Annual report on the working of the Harcourt Butler Institute of Public Health, Rangoon
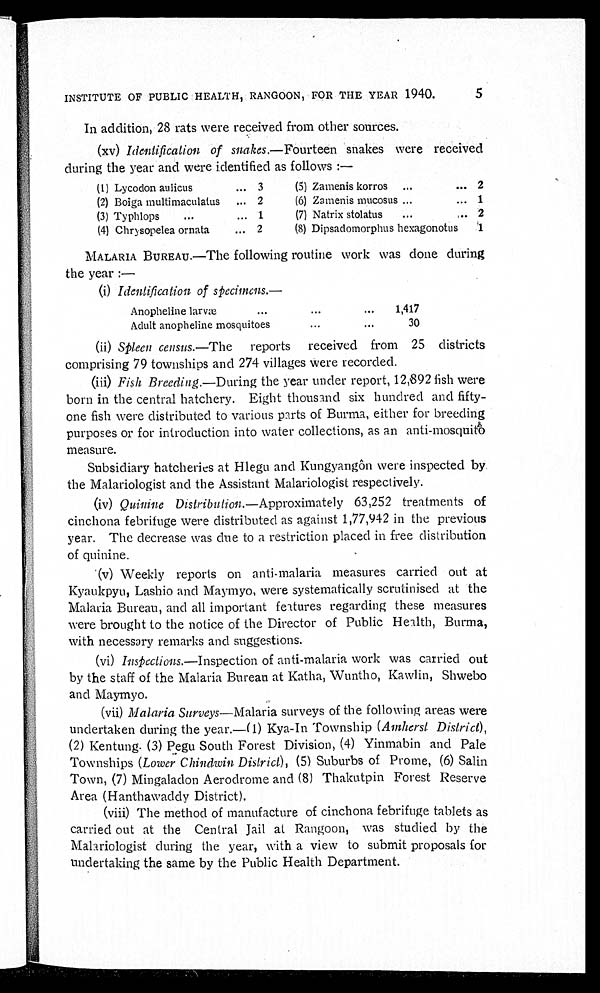
INSTITUTE OF PUBLIC HEALTH, RANGOON, FOR THE YEAR 1940.
5
In addition, 28 rats were received from other sources.
(xv) Identification of snakes .—Fourteen snakes were received
during the year and were identified as follows :—
(1) Lycodon aulicus
... 3
(2) Boiga multimaculatus
... 2
(3) Typhlops
...
... 1
(4) Chrysopelea ornata . . . 2
(5) Zamenis korros
...
... 2
(6) Zamenis mucosus ...
... 1
(7) Natrix stolatus
...
... 2
(8) Dipsadomorphus hexagonotus
1
MALARIA BUREAU. —The following routine work was done during
the year :—
(i) Identification of specimens.—
Anopheline larvæ
...
. . . . . .
1,417
Adult anopheline mosquitoes ...
...
30
(ii) Spleen census .—The reports received from 25 districts
comprising 79 townships and 274 villages were recorded.
(iii) Fish Breeding .—During the year under report, 12,892 fish were
born in the central hatchery. Eight thousand six hundred and fifty-
one fish were distributed to various parts of Burma, either for breeding
purposes or for introduction into water collections, as an anti-mosquito
measure.
Subsidiary hatcheries at Hlegu and Kungyangôn were inspected by
the Malariologist and the Assistant Malariologist respectively.
(iv) Quinine Distribution .—Approximately 63,252 treatments of
cinchona febrifuge were distributed as against 1,77,942 in the previous
year. The decrease was due to a restriction placed in free distribution
of quinine.
(v) Weekly reports on anti-malaria measures carried out at
Kyaukpyu, Lashio and Maymyo, were systematically scrutinised at the
Malaria Bureau, and all important features regarding these measures
were brought to the notice of the Director of Public Health, Burma,
with necessary remarks and suggestions.
(vi) Inspections .—Inspection of anti-malaria work was carried out
by the staff of the Malaria Bureau at Katha, Wuntho, Kawlin, Shwebo
and Maymyo.
(vii)
Malaria Surveys—Malaria surveys of the following areas were
undertaken during the year.—(1) Kya-In Township ( Amherst District) ,
(2) Kentung. (3) Pegu South Forest Division, (4) Yinmabin and Pale
Townships ( Lower Chindwin District) , (5) Suburbs of Prome, (6) Salin
Town, (7) Mingaladon Aerodrome and (8) Thakutpin Forest Reserve
Area (Hanthawaddy District).
(viii) The method of manufacture of cinchona febrifuge tablets as
(ix)
carried out at the Central Jail at Rangoon, was studied by the
Malariologist during the year, with a view to submit proposals for
undertaking the same by the Public Health Department.